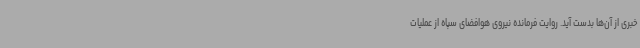
خبری از آن‌ها بدست آید. روایت فرمانده نیروی هوافضای سپاه از عملیات